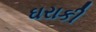
ઘરાકી